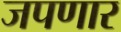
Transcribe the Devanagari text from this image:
जपणार